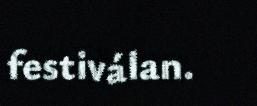
festiválan.